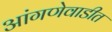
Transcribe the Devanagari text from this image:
आंगणेवाडीत